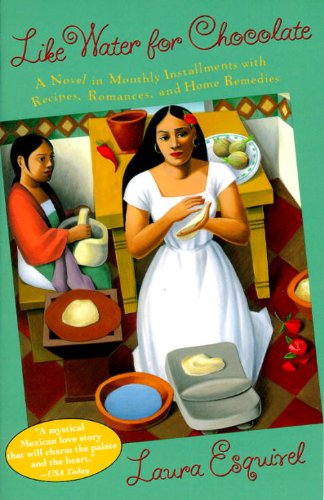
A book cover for Like Water for Chocolate: A Novel in Monthly Installments with Recipes, Romances, and Home Remedies; Laura Esquivel; Romance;